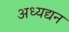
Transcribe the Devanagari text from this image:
अध्यद्यन